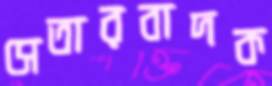
সেতারবাদক